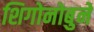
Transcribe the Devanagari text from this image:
शिगोनोबुने